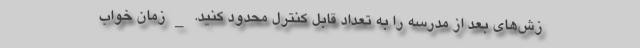
زش‌های بعد از مدرسه را به تعداد قابل کنترل محدود کنید. _ زمان خواب